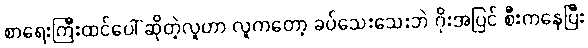
စာရေးကြီးထင်ပေါ် ဆိုတဲ့လူဟာ လူကတော့ ခပ်သေးသေးဘဲ ဂိုးအပြင် စီးကနေပြီး